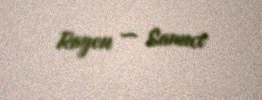
Rayon — Samux